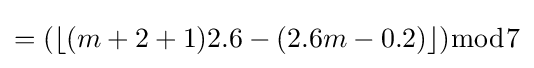
=(\lfloor (m+2+1)2.6-(2.6m-0.2)\rfloor ){\bmod {7}}